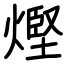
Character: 熞